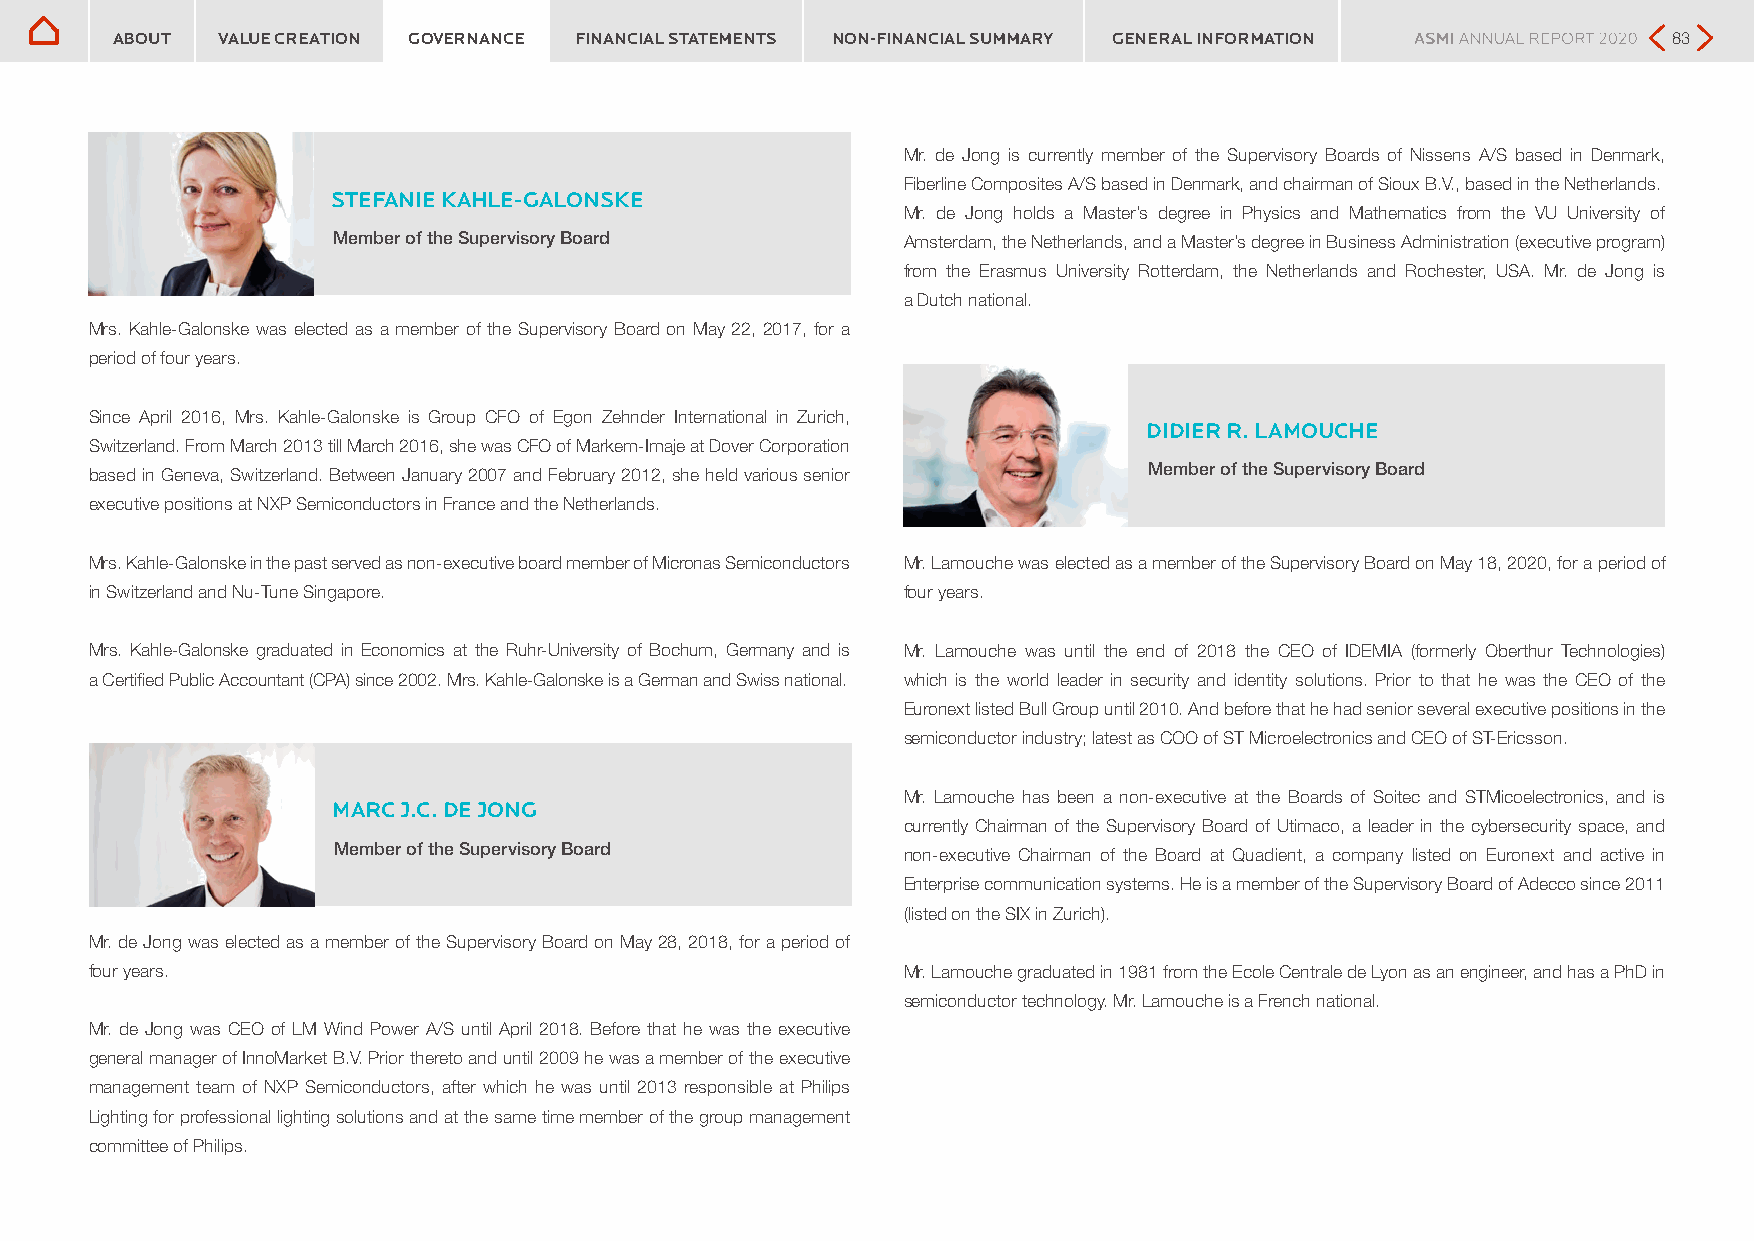
ABOUT  VALUE CREATION GOVERNANCE FINANCIAL STATEMENTS NON-FINANCIAL SUMMARY GENERAL INFORMATION         83
 Mr. de Jong is currently member of the Supervisory Boards of Nissens A/S based in Denmark,
 Fiberline Composites A/S based in Denmark, and chairman of Sioux B.V., based in the Netherlands.
 STEFANIE KAHLE-GALONSKE
 Mr. de Jong holds a Master’s degree in Physics and Mathematics from the VU University of
 Member of the Supervisory Board       Amsterdam, the Netherlands, and a Master’s degree in Business Administration (executive program)
 from the Erasmus University Rotterdam, the Netherlands and Rochester, USA. Mr. de Jong is
 a Dutch national.
 Mrs. Kahle-Galonske was elected as a member of the Supervisory Board on May 22, 2017, for a
 period of four years.
 Since April 2016, Mrs. Kahle-Galonske is Group CFO of Egon Zehnder International in Zurich,
 DIDIER R. LAMOUCHE
 Switzerland. From March 2013 till March 2016, she was CFO of Markem-Imaje at Dover Corporation
 based in Geneva, Switzerland. Between January 2007 and February 2012, she held various senior Member of the Supervisory Board
 executive positions at NXP Semiconductors in France and the Netherlands.
 Mrs. Kahle-Galonske in the past served as non-executive board member of Micronas Semiconductors Mr. Lamouche was elected as a member of the Supervisory Board on May 18, 2020, for a period of
 in Switzerland and Nu-Tune Singapore.                 four years.
 Mrs. Kahle-Galonske graduated in Economics at the Ruhr-University of Bochum, Germany and is Mr. Lamouche was until the end of 2018 the CEO of IDEMIA (formerly Oberthur Technologies)
 a Certified Public Accountant (CPA) since 2002. Mrs. Kahle-Galonske is a German and Swiss national. which is the world leader in security and identity solutions. Prior to that he was the CEO of the
 Euronext listed Bull Group until 2010. And before that he had senior several executive positions in the
 semiconductor industry; latest as COO of ST Microelectronics and CEO of ST-Ericsson.
 Mr. Lamouche has been a non-executive at the Boards of Soitec and STMicoelectronics, and is
 MARC J.C. DE JONG
 currently Chairman of the Supervisory Board of Utimaco, a leader in the cybersecurity space, and
 Member of the Supervisory Board
 non-executive Chairman of the Board at Quadient, a company listed on Euronext and active in
 Enterprise communication systems. He is a member of the Supervisory Board of Adecco since 2011
 (listed on the SIX in Zurich).
 Mr. de Jong was elected as a member of the Supervisory Board on May 28, 2018, for a period of
 four years.                                           Mr. Lamouche graduated in 1981 from the Ecole Centrale de Lyon as an engineer, and has a PhD in
 semiconductor technology. Mr. Lamouche is a French national.
 Mr. de Jong was CEO of LM Wind Power A/S until April 2018. Before that he was the executive
 general manager of InnoMarket B.V. Prior thereto and until 2009 he was a member of the executive
 management team of NXP Semiconductors, after which he was until 2013 responsible at Philips
 Lighting for professional lighting solutions and at the same time member of the group management
 committee of Philips.